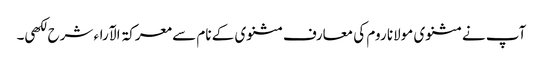
آپ نے مثنوی مولانا روم کی معارف مثنوی کے نام سے معرکۃ الآراء شرح لکھی۔